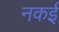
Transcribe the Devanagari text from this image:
नकई